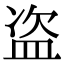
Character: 盗